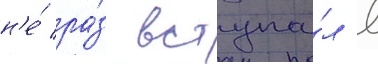
н'е́ ра́з вступа́л в